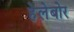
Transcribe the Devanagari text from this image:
हेलेबोर